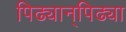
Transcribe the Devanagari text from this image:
पिढ्यान्‌पिढ्या